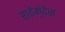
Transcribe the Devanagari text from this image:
राईमुंदेस